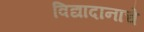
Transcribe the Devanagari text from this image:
विद्यादानाचे